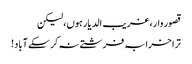
قصور وار، غریب الدیار ہوں، لیکن
ترا خرابہ فرشتے نہ کر سکے آباد!